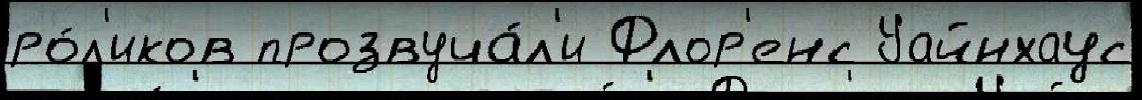
ро́л'иков прозвуча́л'и Флор'енс Уайнхаус